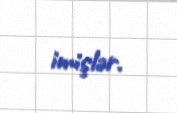
imişlər.